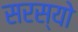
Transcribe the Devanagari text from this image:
सरस्‍यो